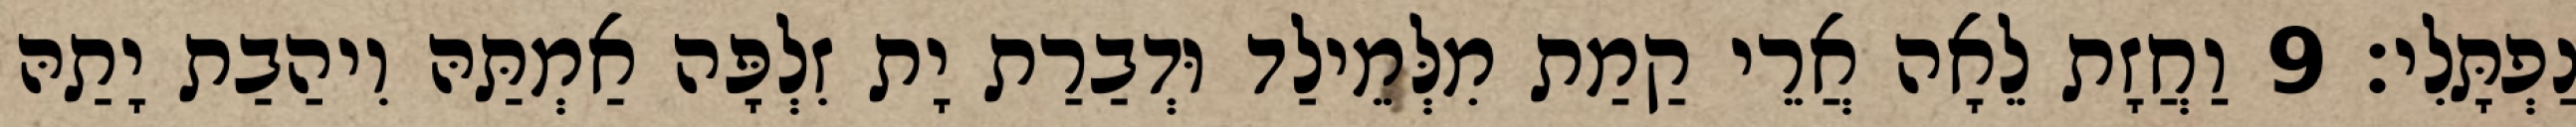
נַפְתָּלִי׃ 9 וַחֲזָת לֵאָה אֲרֵי קַמַת מִלְּמֵילַד וּדְבַרַת יָת זִלְפָּה אַמְתַּהּ וִיהַבַת יָתַהּ